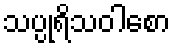
သပ္ပုရိသဝါစော